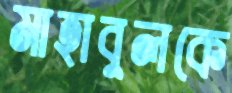
মাহাবুলকে